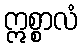
ဣစ္စာလံ